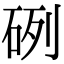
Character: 𥒂